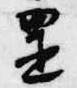
置